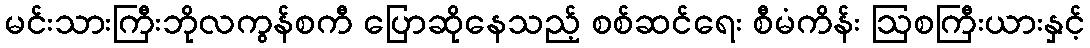
မင်းသားကြီးဘိုလကွန်စကီ ပြောဆိုနေသည့် စစ်ဆင်ရေး စီမံကိန်း ဩစကြီးယားနှင့်